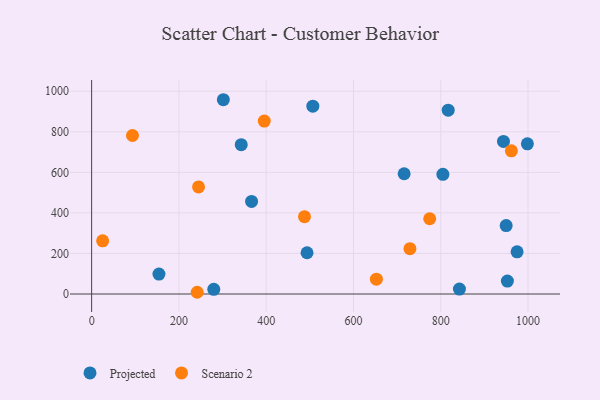
{"axis": {"x": "Speed", "y": "Yield"}, "legend": ["Projected", "Scenario 2"], "data": [{"x": "342.8", "y": 736.3, "type": "Projected"}, {"x": "949.9", "y": 337.4, "type": "Projected"}, {"x": "716.1", "y": 593.1, "type": "Projected"}, {"x": "279.9", "y": 23.0, "type": "Projected"}, {"x": "301.8", "y": 958.1, "type": "Projected"}, {"x": "952.7", "y": 63.7, "type": "Projected"}, {"x": "943.7", "y": 752.4, "type": "Projected"}, {"x": "998.5", "y": 740.5, "type": "Projected"}, {"x": "366.5", "y": 456.7, "type": "Projected"}, {"x": "974.9", "y": 208.0, "type": "Projected"}, {"x": "506.9", "y": 926.2, "type": "Projected"}, {"x": "817.1", "y": 906.7, "type": "Projected"}, {"x": "493.6", "y": 203.5, "type": "Projected"}, {"x": "842.8", "y": 24.1, "type": "Projected"}, {"x": "154.3", "y": 98.2, "type": "Projected"}, {"x": "804.9", "y": 590.4, "type": "Projected"}, {"x": "245.0", "y": 527.9, "type": "Scenario 2"}, {"x": "729.4", "y": 223.6, "type": "Scenario 2"}, {"x": "774.7", "y": 371.1, "type": "Scenario 2"}, {"x": "652.5", "y": 72.9, "type": "Scenario 2"}, {"x": "93.6", "y": 781.7, "type": "Scenario 2"}, {"x": "25.2", "y": 262.0, "type": "Scenario 2"}, {"x": "961.8", "y": 706.3, "type": "Scenario 2"}, {"x": "395.6", "y": 852.6, "type": "Scenario 2"}, {"x": "241.9", "y": 8.5, "type": "Scenario 2"}, {"x": "487.8", "y": 381.1, "type": "Scenario 2"}]}